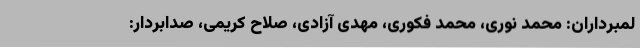
لمبرداران: محمد نوری، محمد فکوری، مهدی آزادی، صلاح کریمی، صدابردار: